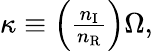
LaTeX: \begin{array}{r}{\kappa\equiv\left(\frac{n_{\mathrm{I}}}{n_{\mathrm{R}}}\right)\Omega,}\end{array}